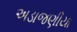
અડાજણીયા